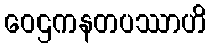
ဝေဌကနတပဿာဟိ